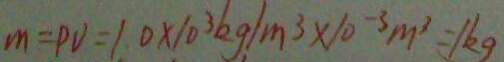
m = p v = 1 . 0 \times 1 0 ^ { 3 } k g / m ^ { 3 } \times 1 0 ^ { - 3 } m ^ { 3 } = 1 k g